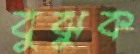
বুঝুক